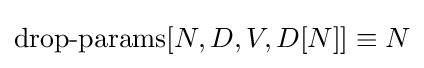
\operatorname {drop-params} [N,D,V,D[N]]\equiv N